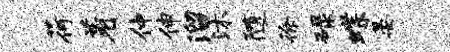
荷着仲伸溜沐随徐碌蝶晏